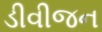
ડીવીજન